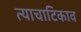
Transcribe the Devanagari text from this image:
त्याचाटिकाव